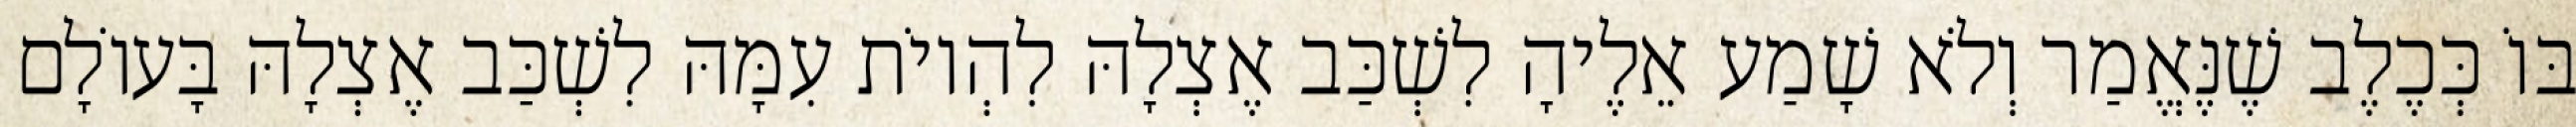
בּוֹ כְּכֶלֶב שֶׁנֶּאֱמַר וְלֹא שָׁמַע אֵלֶיהָ לִשְׁכַּב אֶצְלָהּ לִהְיוֹת עִמָּהּ לִשְׁכַּב אֶצְלָהּ בָּעוֹלָם